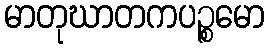
မာတုဃာတကပဉ္စမော